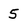
Character: 5